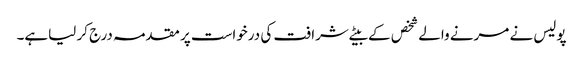
پولیس نے مرنے والے شخص کے بیٹے شرافت کی درخواست پر مقدمہ درج کر لیاہے۔